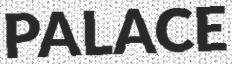
PALACE